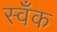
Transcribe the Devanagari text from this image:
स्वँक